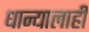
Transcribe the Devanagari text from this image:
धान्यालाही